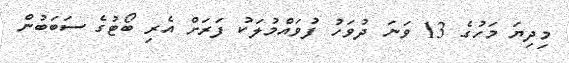
މިދިޔަ މަހުގެ 13 ވަނަ ދުވަހު ފުވައްމުލަކު ފަރަށް އެރި ބޯޓުގެ ސަބަބުން